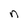
Character: n